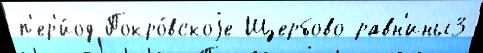
п'ер'и́од Покро́вскоjе Щербово равн'ины3